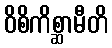
ဝိစိကိစ္ဆာမီတိ